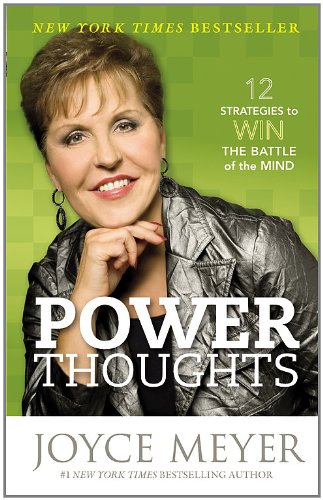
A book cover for Power Thoughts: 12 Strategies to Win the Battle of the Mind; Joyce Meyer; Christian Books & Bibles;